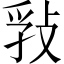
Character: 𰕊